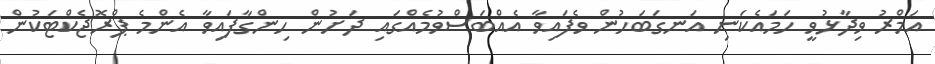
އަމްރު ވިދާޅުވީ ހަމައެކަނި އަނގަބަހުން ވެފައިވާ އެއްބަސްވުމެއްގައި ދަށުން ހިންގާފައިވާ އެންމެ ޕްރޮޖެކްޓަކުން